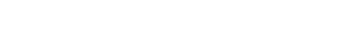
ဖြစ်သည့်အတွက် လူဝတ်လဲရသည်။